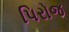
પિરોજ